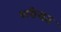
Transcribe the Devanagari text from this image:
शरीरात